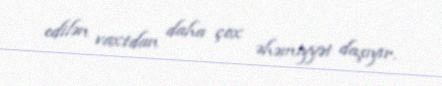
edilən vaxtdan daha çox əhəmiyyət daşıyır.